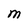
Character: M